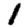
Digit: 1